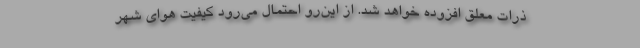
ذرات معلق افزوده خواهد شد. از این‌رو احتمال می‌رود کیفیت هوای شهر